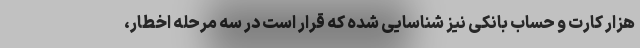
هزار کارت و حساب بانکی نیز شناسایی شده که قرار است در سه مرحله اخطار،